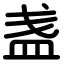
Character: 盏